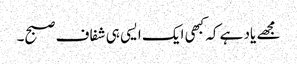
مجھے یاد ہے کہ کبھی ایک ایسی ہی شفاف صبح۔